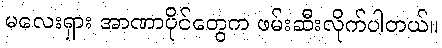
မလေးရှား အာဏာပိုင်တွေက ဖမ်းဆီးလိုက်ပါတယ်။